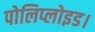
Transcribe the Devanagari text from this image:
पोलिप्लोइड।